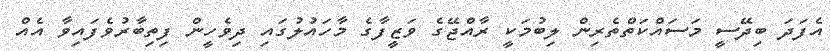
އެފަދަ ބިދޭސީ މަސައްކަތްތެރިން ލިބުމަކީ ރާއްޖޭގެ ވަޒީފާގެ މާހައުލުގައި ދިވެހީން ފިތިބާރުވެފައިވާ އެއް